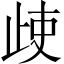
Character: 𣥱